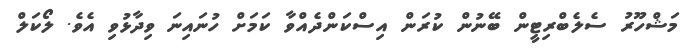
މަޝްހޫރު ސެލެބްރިޓީން ބޭނުން ކުރަން އިސްކަންދެއްވާ ކަމަށް ހުނައިނަ ވިދާޅުވި އެވެ. ލޯކަލް